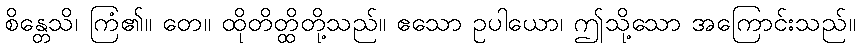
စိန္တေသိ၊ ကြံ၏။ တေ။ ထိုတိတ္ထိတို့သည်။ ဧသော ဥပါယော၊ ဤသို့သော အကြောင်းသည်။